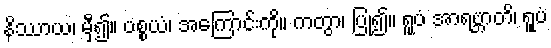
နိဿာယ၊ မှီ၍။ ပစ္စယံ၊ အကြောင်းကို။ ကတွာ၊ ပြု၍။ ရူပံ အာရဗ္ဘာတိ၊ ရူပံ